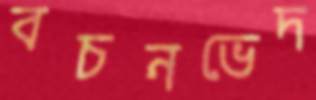
বচনভেদ